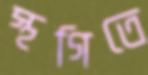
স্থগিতে